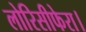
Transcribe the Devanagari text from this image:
लोरिसीफेरा।